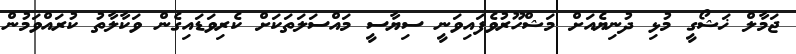
ޖަމާލް ޚަޝޯގީ މުޅި ދުނިޔެއަށް މަޝްހޫރުވެފައިވަނީ ސިޔާސީ މައްސަލަތަކަށް ކެރިވަޑައިގެން ވަކާލާތު ކުރައްވަމުން